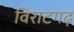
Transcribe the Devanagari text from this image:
विराटगढ़